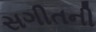
સગીતની